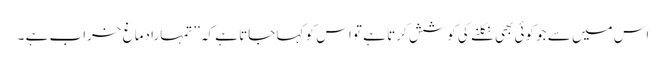
اس میں سے جو کوئی بھی نکلنے کی کوشش کرتا ہے تو اس کو کہا جاتا ہے کہ’’ تمہارا دماغ خراب ہے ۔